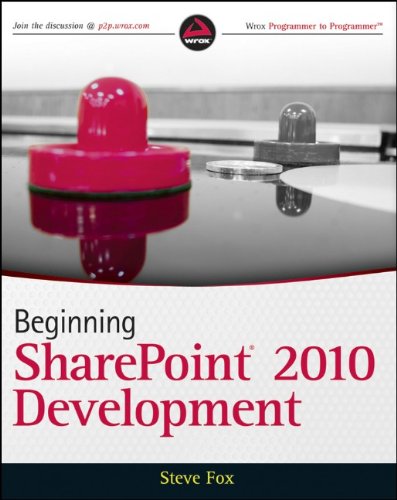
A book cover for Beginning SharePoint 2010 Development; Steve Fox; Computers & Technology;